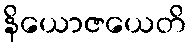
နိယောဇယေတိ